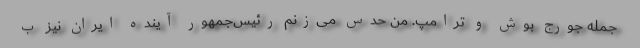
جمله جورج بوش و ترامپ. من حدس می‌زنم رئیس‌جمهور آینده ایران نیز ب